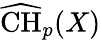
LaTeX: {\widehat{\mathrm{CH}}}_{p}(X)